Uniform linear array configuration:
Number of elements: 12
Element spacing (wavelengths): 0.25
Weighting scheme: hamming
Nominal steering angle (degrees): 30
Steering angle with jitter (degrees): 30.762
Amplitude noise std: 0.05
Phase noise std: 0.05

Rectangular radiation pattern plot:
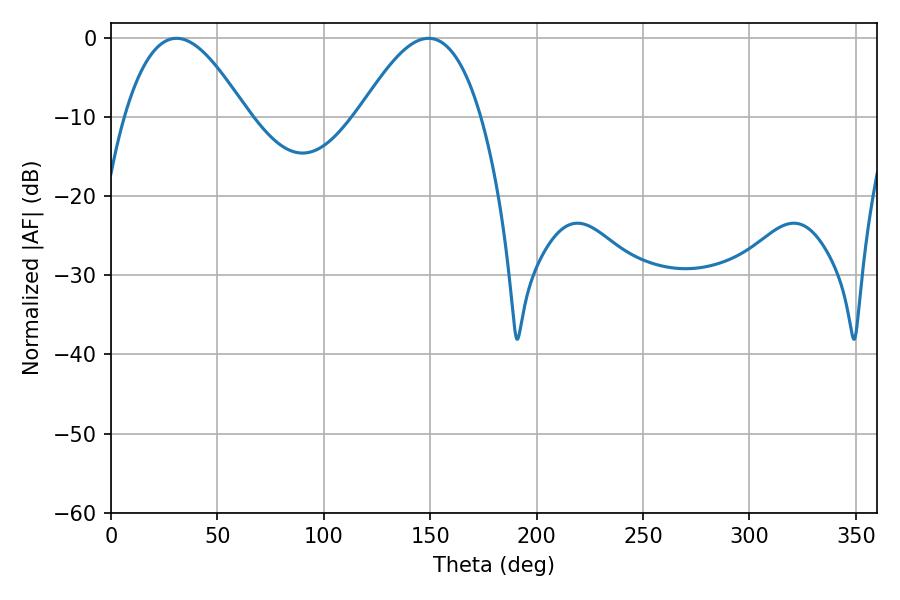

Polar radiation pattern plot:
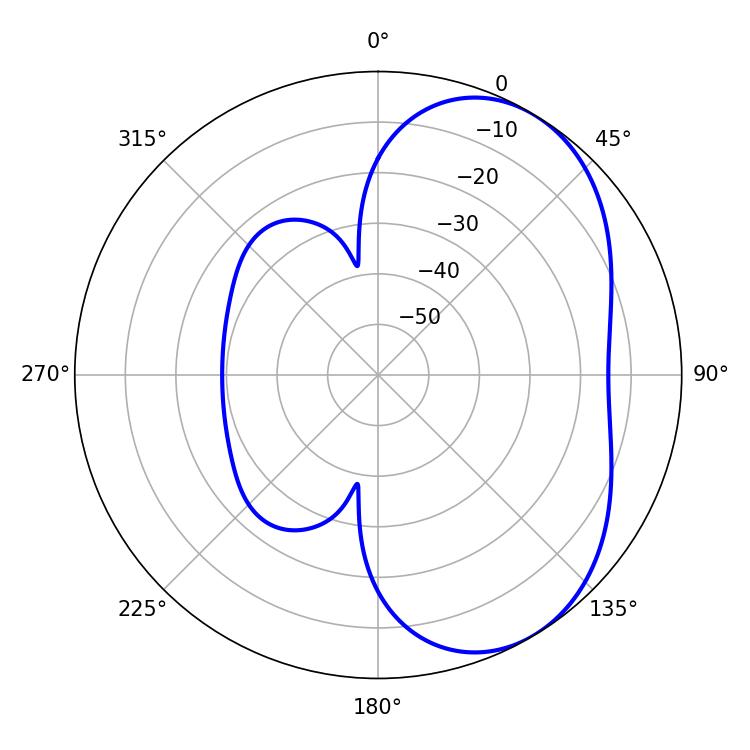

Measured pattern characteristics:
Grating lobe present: FALSE
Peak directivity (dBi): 4.81
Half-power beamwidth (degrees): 31.14
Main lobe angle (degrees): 30.78